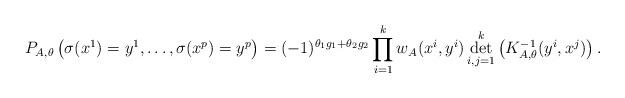
LaTeX: \begin{align*} P_{A,\theta} \left( \sigma(x^1) = y^1,\ldots,\sigma(x^p) = y^p \right) = (-1)^{ \theta_1 g_1 + \theta_2 g_2} \prod_{ i = 1}^k w_{A}(x^i,y^i) \det \limits_{ i,j = 1}^k \left( K^{-1}_{A,\theta} ( y^i,x^j) \right).\end{align*}